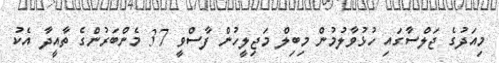
މިއަދުގެ ޖަލްސާގައި ހުޅުވާލުމުން މިބިލް މަޖިލީހުން ފާސްވީ 37 މެންބަރުންގެ ތާއީދާ އެކު